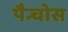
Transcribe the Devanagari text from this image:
पैन्चोस